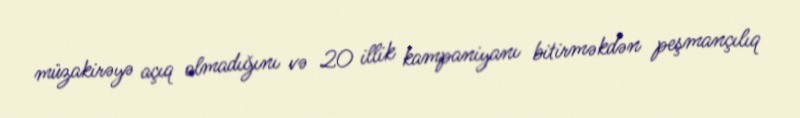
müzakirəyə açıq olmadığını və 20 illik kampaniyanı bitirməkdən peşmançılıq